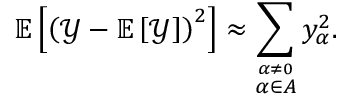
\mathbb { E } \left[ \left( \mathcal { Y } - \mathbb { E } \left[ \mathcal { Y } \right] \right) ^ { 2 } \right] \approx \sum _ { \stackrel { \alpha \neq 0 } { \alpha \in \cal A } } \mathnormal { y } _ { \alpha } ^ { 2 } .